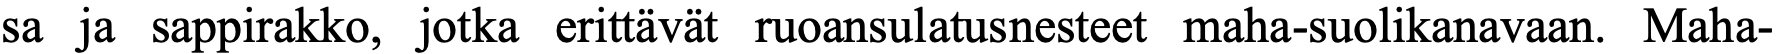
sa ja sappirakko, jotka erittävät ruoansulatusnesteet maha-suolikanavaan. Maha-